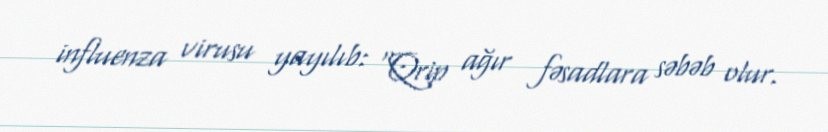
influenza virusu yayılıb: “Qrip ağır fəsadlara səbəb olur.